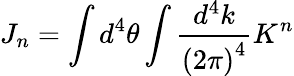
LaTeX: J_{n}=\int d^{4}\theta\int\frac{d^{4}k}{{(2\pi)}^{4}}K^{n}